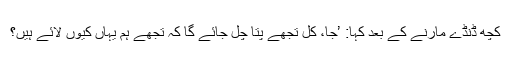
کچھ ڈنڈے مارنے کے بعد کہا: ’جا، کل تجھے پتا چل جائے گا کہ تجھے ہم یہاں کیوں لائے ہیں؟